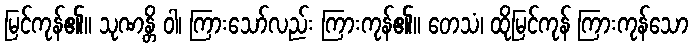
မြင်ကုန်၏။ သုဏန္တိ ဝါ၊ ကြားသော်လည်း ကြားကုန်၏။ တေသံ၊ ထိုမြင်ကုန် ကြားကုန်သော